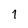
Character: 1